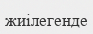
жиілегенде